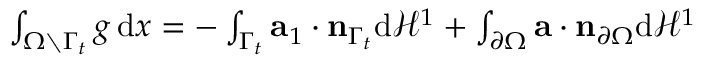
\begin{array} { r } { \int _ { \Omega \setminus \Gamma _ { t } } g \, \mathrm { d } x = - \int _ { \Gamma _ { t } } \mathbf { a } _ { 1 } \cdot \mathbf { n } _ { \Gamma _ { t } } \mathrm { d } \mathcal { \mathcal { H } } ^ { 1 } + \int _ { \partial \Omega } \mathbf { a } \cdot \mathbf { n } _ { \partial \Omega } \mathrm { d } \mathcal { H } ^ { 1 } } \end{array}